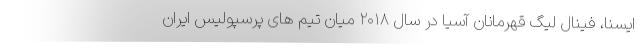
ایسنا، فینال لیگ قهرمانان آسیا در سال ۲۰۱۸ میان تیم های پرسپولیس ایران